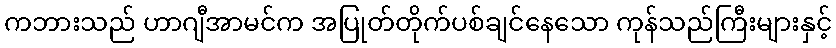
ကဘားသည် ဟာဂျီအာမင်က အပြုတ်တိုက်ပစ်ချင်နေသော ကုန်သည်ကြီးများနှင့်